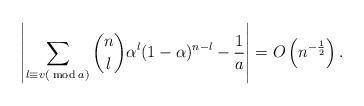
LaTeX: \begin{align*}\left\lvert \sum_{l\equiv v (\bmod a)} \binom nl \alpha^l (1-\alpha)^{n-l}- \frac 1a \right\rvert = O \left(n^{-\frac12}\right).\end{align*}